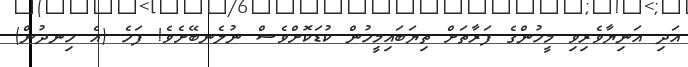
އަދި އަނިޔާވެރިވި މީހުންގެ ފަރާތަށް ތިޔަބައިމީހުން ކުޑަކޮށްވެސް ނުލެނބޭށެވެ! ފަހެ (އެ ހިނދުން)